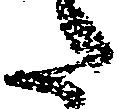
た